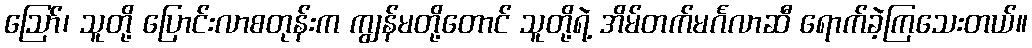
ဪ၊ သူတို့ ပြောင်းလာစတုန်းက ကျွန်မတို့တောင် သူတို့ရဲ့ အိမ်တက်မင်္ဂလာဆီ ရောက်ခဲ့ကြသေးတယ်။